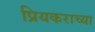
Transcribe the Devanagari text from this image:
प्रियकराच्या